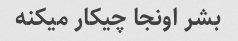
بشر اونجا چیکار میکنه